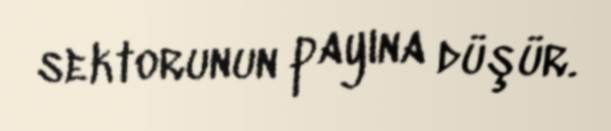
sektorunun payına düşür.